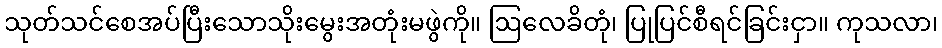
သုတ်သင်စေအပ်ပြီးသောသိုးမွေးအတုံးမဖွဲကို။ ဩလေခိတုံ၊ ပြုပြင်စီရင်ခြင်းငှာ။ ကုသလာ၊